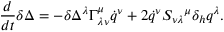
\frac { d } { d t } \delta \Delta = - \delta \Delta ^ { \lambda } \Gamma _ { \lambda \nu } ^ { \mu } \dot { q } ^ { \nu } + 2 \dot { q } ^ { \nu } S _ { \nu \lambda } { } ^ { \mu } \delta _ { h } q ^ { \lambda } .